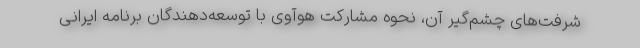
شرفت‌های چشم‌گیر آن، نحوه مشارکت هوآوی با توسعه‌دهندگان برنامه ایرانی